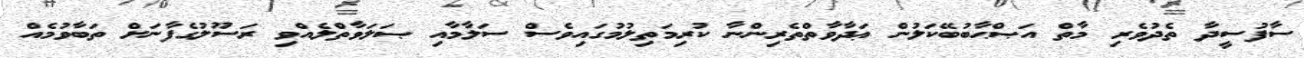
ސާފުސީދާ ތެދުވެރި މާތް އަޞްޙާބުބޭކަލުން ޢަދާވާތްތެރިންނާ ކުރިމަތިލުމުގައިވެސް ސަލާމާއި ޞަލަވާތްލެއްވި ރަސޫލުގެފާނަށް ތަބާވުމެއް